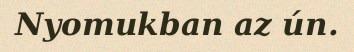
Nyomukban az ún.